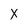
Character: X